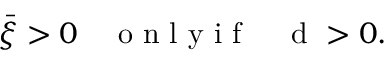
\bar { \xi } > 0 \quad \mathrm { ~ o ~ n ~ l ~ y ~ i ~ f ~ } \quad \mathrm { ~ d ~ } > 0 .